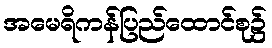
အမေရိကန်ပြည်ထောင်စု၌